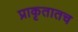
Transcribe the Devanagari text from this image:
प्राकृतातच